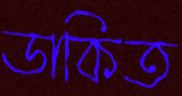
ডাকিত